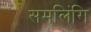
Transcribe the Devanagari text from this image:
समलिंगि